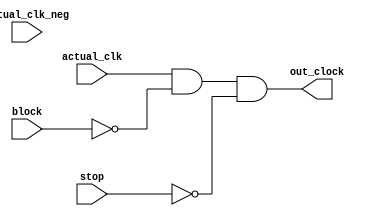
module clock_manager(actual_clk, actual_clk_neg, block, stop, out_clock);

	//blocking does it temporarily, while stopping cannot be reversed.
	input actual_clk, actual_clk_neg, block, stop;
	output wire out_clock;
	
	assign out_clock = actual_clk & ~block & ~stop;

endmodule